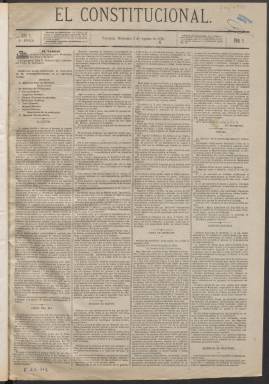
Título: El Constitucional (Valencia. 1882)
Colección: Periódicos
Ámbito geográfico: Valencia
Lugar de publicación: Valencia
Fechas: 02/08/1882-30/12/1882